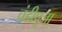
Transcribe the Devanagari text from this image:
चंडीपूजा